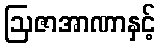
ဩဇာအာဏာနှင့်